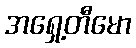
အရှေ့တီမော